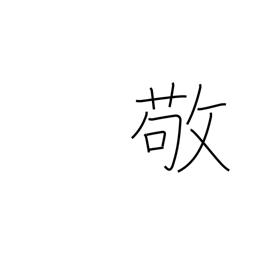
Meaning: revere